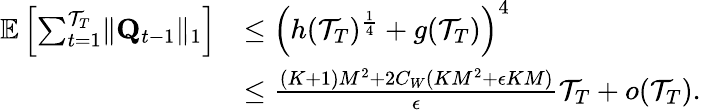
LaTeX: \begin{array}{rl}{\mathbb E\left[\sum_{t=1}^{\mathcal T_{T}}\lVert\mathbf Q_{t-1}\rVert_{1}\right]}&{\le\left(h(\mathcal T_{T})^{\frac 14}+g(\mathcal T_{T})\right)^{4}}\\ &{\le\frac{(K+1)M^{2}+2C_{W}(KM^{2}+\epsilon KM)}\epsilon\mathcal T_{T}+o(\mathcal T_{T}).}\end{array}